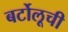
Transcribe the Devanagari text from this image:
बर्टोलूची